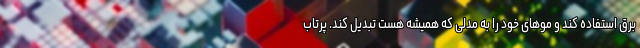
برق استفاده کند و موهای خود را به مدلی که همیشه هست تبدیل کند. پرتاب